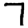
Digit: 7